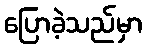
ပြောခဲ့သည်မှာ